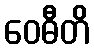
ဝေဓီတိ